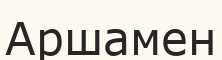
Аршамен